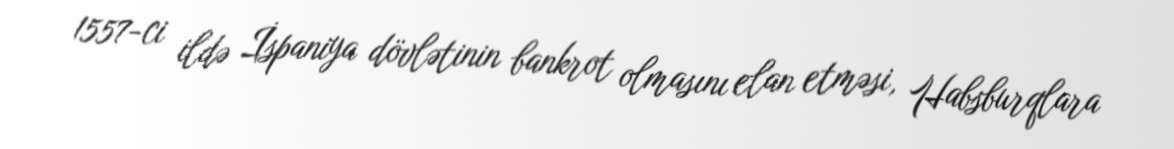
1557-ci ildə İspaniya dövlətinin bankrot olmasını elan etməsi, Habsburqlara